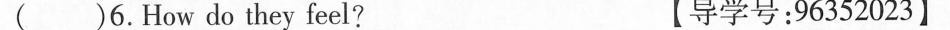
( )6.How do they feel? 【导学号:96352023】